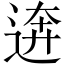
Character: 逩